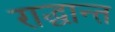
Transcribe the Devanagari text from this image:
राद्धान्त